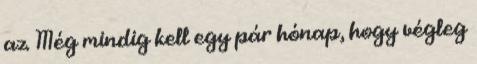
az. Még mindig kell egy pár hónap, hogy végleg